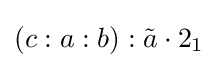
(c:a:b):{\tilde {a}}\cdot 2_{1}